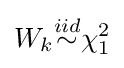
W_{k}{\overset {iid}{\sim }}\chi _{1}^{2}